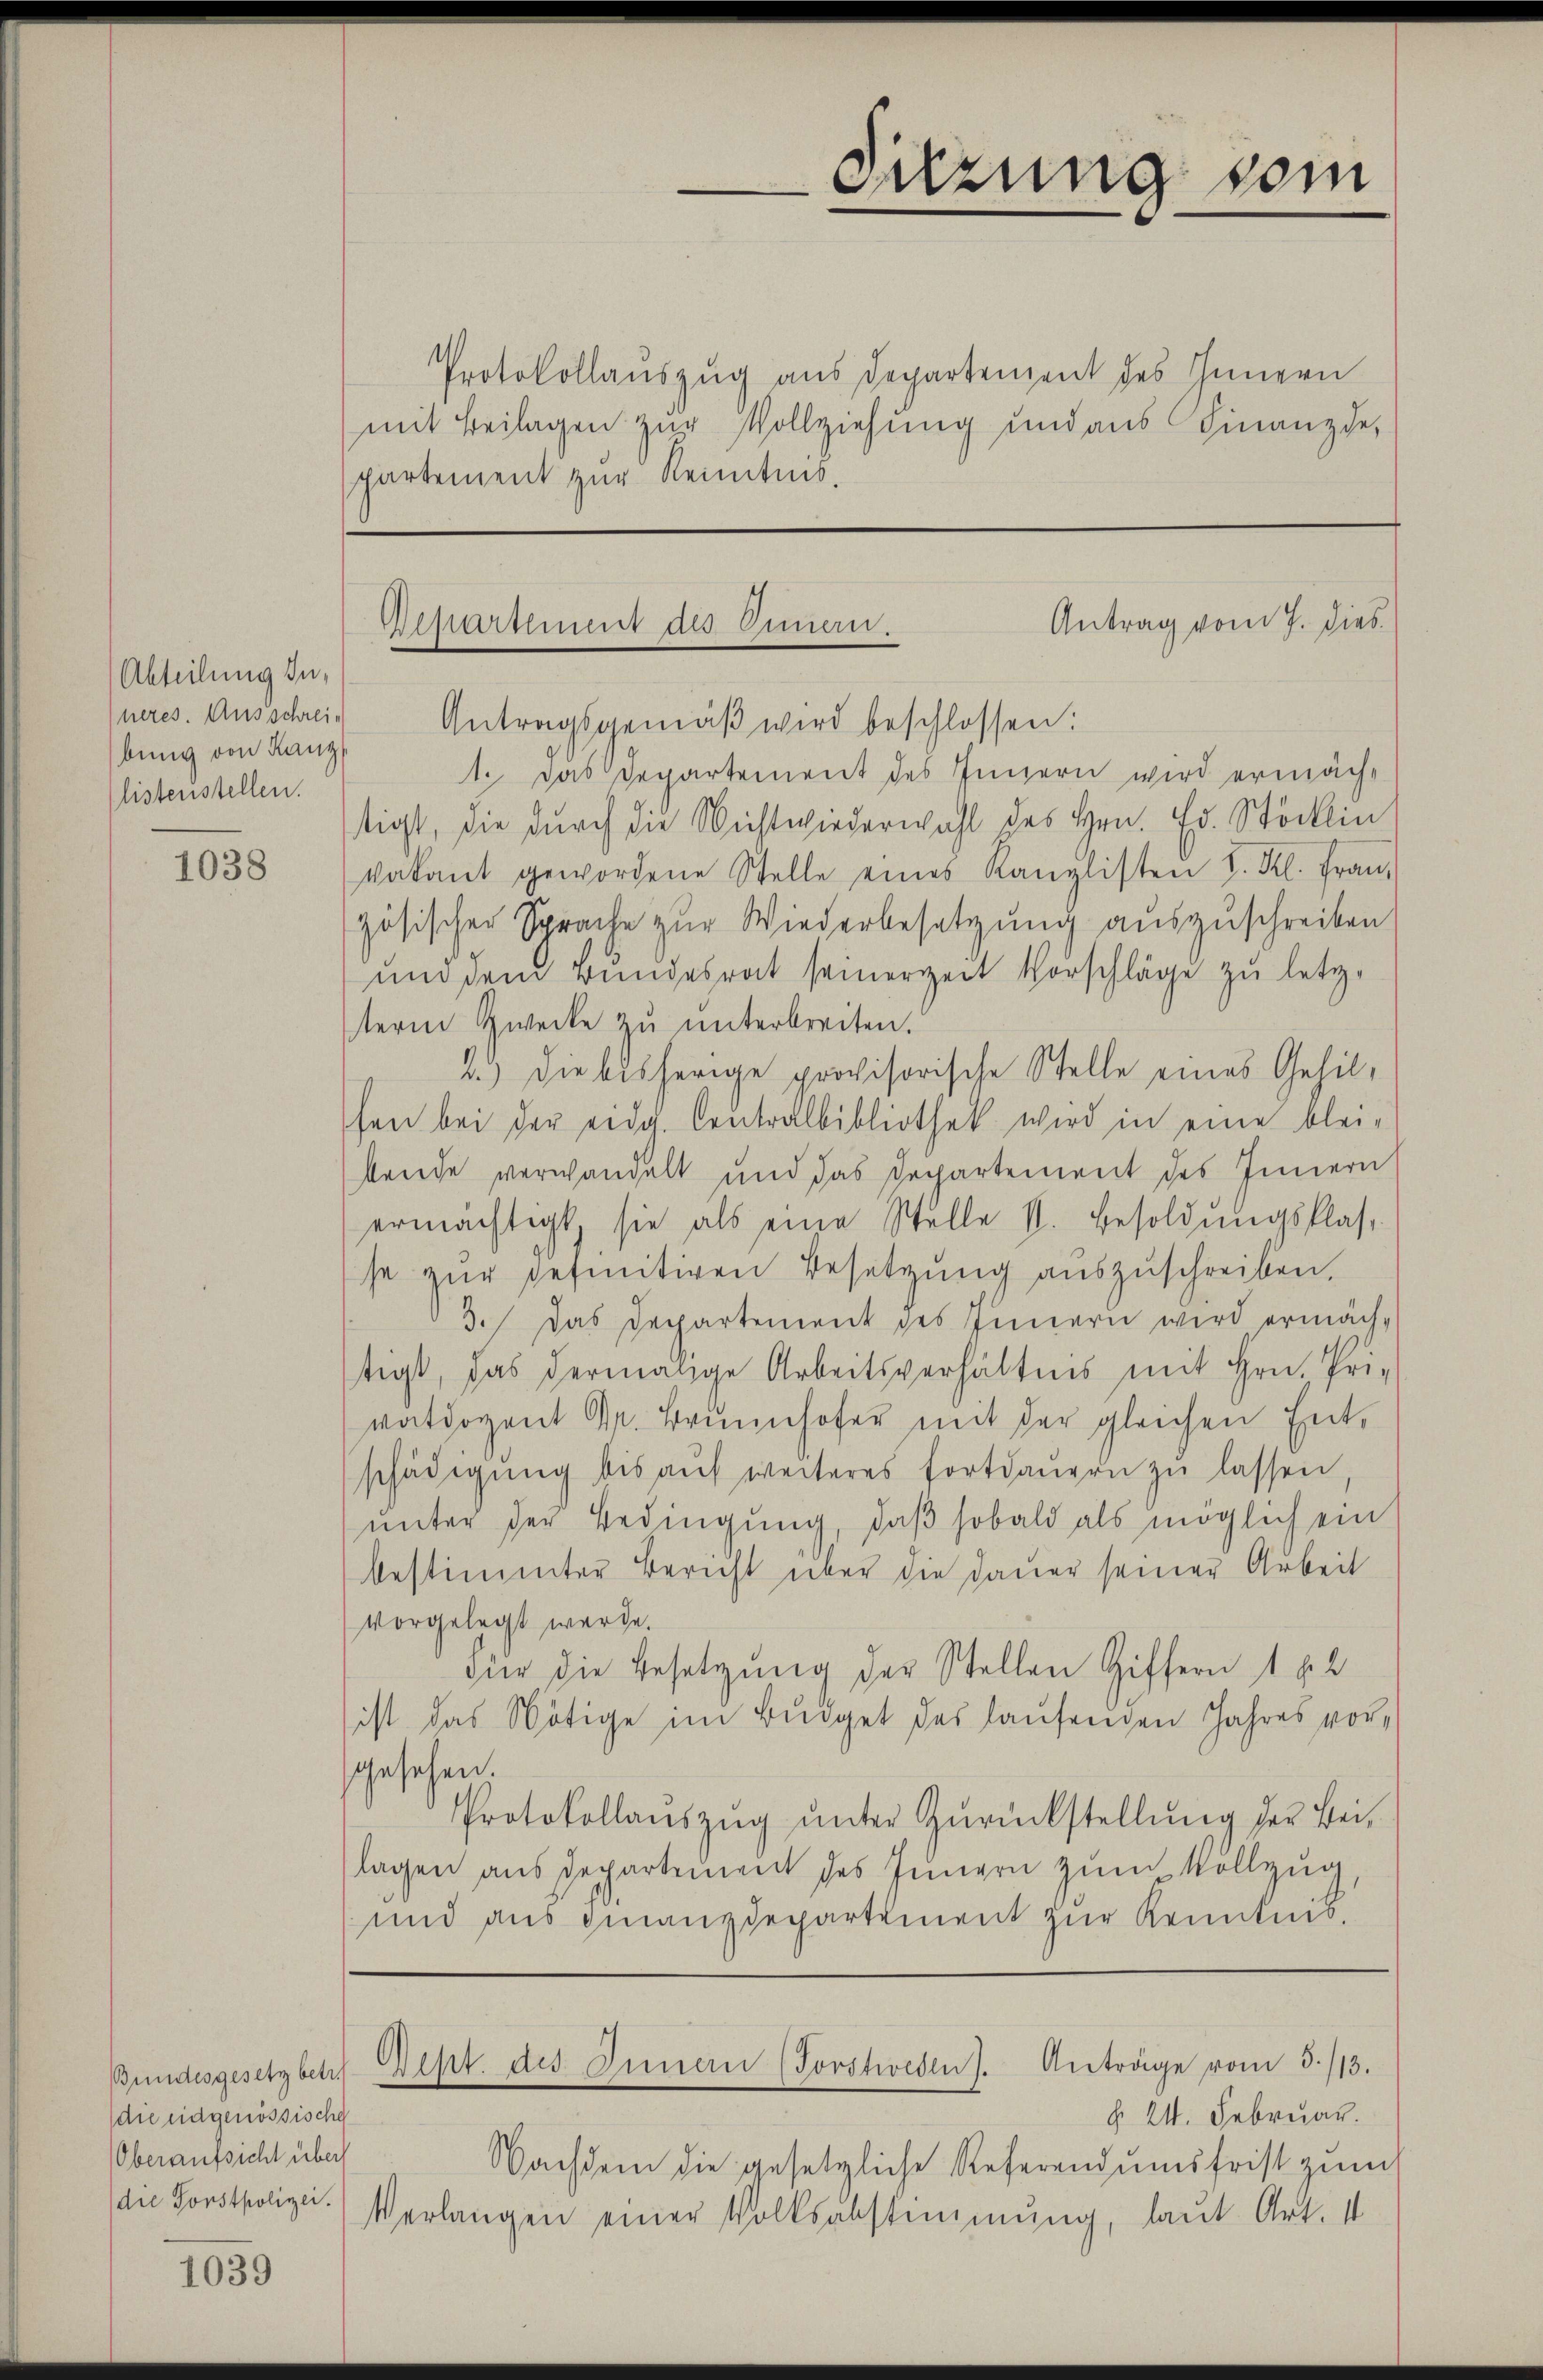
Abteilung in
bung von Kanz
listeristellen.

1038

Bundesgesetz betr.
die eidgenössische
Oberaufsicht über
(die Forstpolizei.

1039

Protokollauszug aus Departement des Innern
mit Beilagen zŭr Vollziehung und aus Finanzde
partement zur Kenntnis.

Sitzung vom

Antrag vom 7. dies
Departement des Omen.
neres. Ausschreie Antragsgemäβ wird beschlossen:

Rest des Innern (Forstweden). Anträge vom 3./13.

1. Das Departement des Innern wird ermächt
tigt, die durch die Nichtwiederwahl des Hrn. Ed. Stöckin
kakant gewordene Stelle eines Kanzlisten I. Kl. Fraŭ,
zösischer Sprache zur Wiederbesetzung auszuschreiben
und dem rundesrat seinerzeit Vorschläge zu letz-
term Zwecke zŭ ŭnterbreiten.
2.) Die bisherige provisorische Stelle eines Gehilfen bei der eidg. Centralbibliothek wird in eine bleibende verwandelt und das Departement des Innern
ermächtigt, sie als eine Stelle s. Besoldŭngsklas-
se zŭr definitiven Besitzung auszuschreiben.
3. Das Departement des Innern wird ermäch-
tigt, das dermalige Arbeitsverhältnis mit Hrn. Pri-
vatdozent Dr. Brŭnnhofer mit der gleichen Ent-
schädigŭng bis aŭf weiteres fortdaŭern zŭ lassen,
unter der Bedingung, daβ sobald als möglich ein
bestimmter Bericht über die Dauer seiner Arbeit
vorgelegt werde.
Für die Besetzung der Stellen Giffern 182
ist das Nötige im Budget des laufenden Jahres vorgesehen.
PProtokollaŭszŭg ŭnter Zŭrückstellŭng der Beilagen aus Departement des Jungen zum Vollzug,
und aus Finanzdepartement zur Kenntnis¬

§. 24. Februar.
Nachdem die gesetzliche Referendumsfrist zŭm
Verlangen einer Volksabstimmung, laut Art. 1